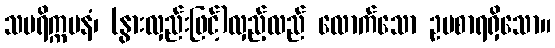
သပရိက္ကမနံ၊ (နွားလှည်းဖြင့်)လှည့်လည် လောက်သော ဥပစာရရှိသော။